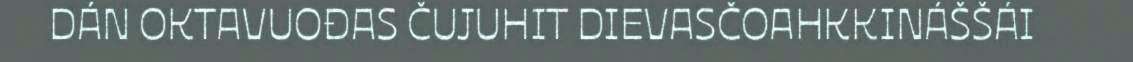
DÁN OKTAVUOĐAS ČUJUHIT DIEVASČOAHKKINÁŠŠÁI